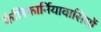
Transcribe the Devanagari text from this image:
कैलिफार्नियावासियों